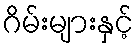
ဂိမ်းများနှင့်